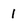
Character: 1